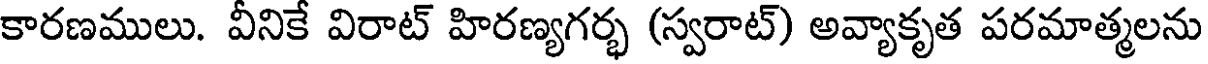
కారణములు. వీనికే విరాట్ హిరణ్యగర్భ (స్వరాట్) అవ్యాకృత పరమాత్మలను